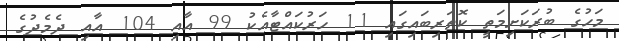
މަހުގެ ބުރަކަށިމަތީ ކޮތަރިބައިގައި 11 ހަރުކައްޓާއެކު 99 އާއި 104 އާއި ދެމެދުގެ